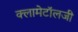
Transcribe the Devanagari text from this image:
क्लामेटॉलजी